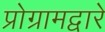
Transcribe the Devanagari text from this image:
प्रोग्रामद्वारे